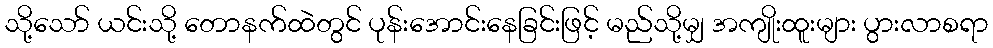
သို့သော် ယင်းသို့ တောနက်ထဲတွင် ပုန်းအောင်းနေခြင်းဖြင့် မည်သို့မျှ အကျိုးထူးများ ပွားလာစရာ